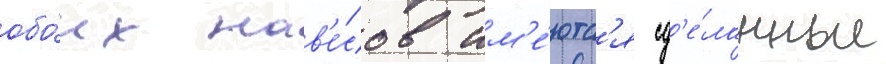
обо́их нав'е́сов им'е́ютс'я сд'е́ланные